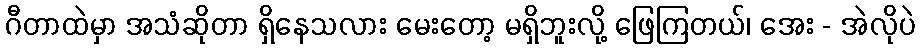
ဂီတာထဲမှာ အသံဆိုတာ ရှိနေသလား မေးတော့ မရှိဘူးလို့ ဖြေကြတယ်၊ အေး - အဲလိုပဲ